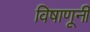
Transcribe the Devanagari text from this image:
विषाणूनी